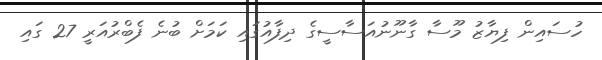
ހުސައިން ފިޔާޒު މޫސާ ގާނޫނުއަސާސީގެ ދިފާއުގައި ކަމަށް ބުނެ ފެބްރުއަރީ 27 ގައި